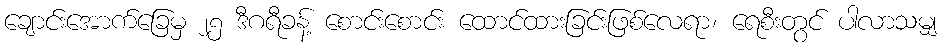
ချောင်းအောက်ခြေမှ ၂၅ ဒီဂရီခန့် စောင်းစောင်း ထောင်ထားခြင်းဖြစ်လေရာ၊ ရေစီးတွင် ပါလာသမျှ